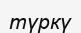
түркү